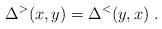
LaTeX: \begin{align*}\Delta^>(x,y) = \Delta^<(y,x) \;.\end{align*}